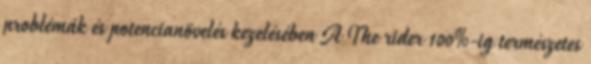
problémák és potencianövelés kezelésében A The rider 100%-ig természetes